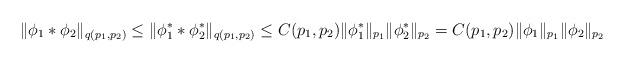
LaTeX: \begin{align*} \| \phi_1 * \phi_2 \|_{q (p_1,p_2)} \leq \| \phi_1^* * \phi_2^* \|_{q (p_1,p_2)} \leq C (p_1,p_2) \| \phi_1^* \|_{p_1} \| \phi_2^* \|_{p_2} = C (p_1,p_2) \| \phi_1 \|_{p_1} \| \phi_2 \|_{p_2} \end{align*}